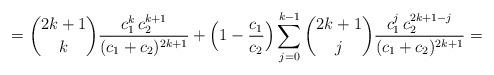
LaTeX: \begin{align*}= \binom{2k+1}{k}\frac{c_1^k\,c_2^{k+1}}{(c_1+c_2)^{2k+1}}+ \Bigl(1-\frac{c_1}{c_2}\Bigr)\sum_{j=0}^{k-1} \binom{2k+1}{j} \frac{c_1^{j}\,c_2^{2k+1-j}}{(c_1+c_2)^{2k+1}}=\end{align*}